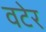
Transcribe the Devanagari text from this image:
वटेर